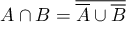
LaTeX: A \cap B = { \overline { { { \overline { { A } } } \cup { \overline { { B } } } } } }